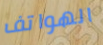
الهواتف